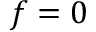
\boldsymbol { f } = 0